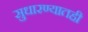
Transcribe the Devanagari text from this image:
सुधारण्यातही